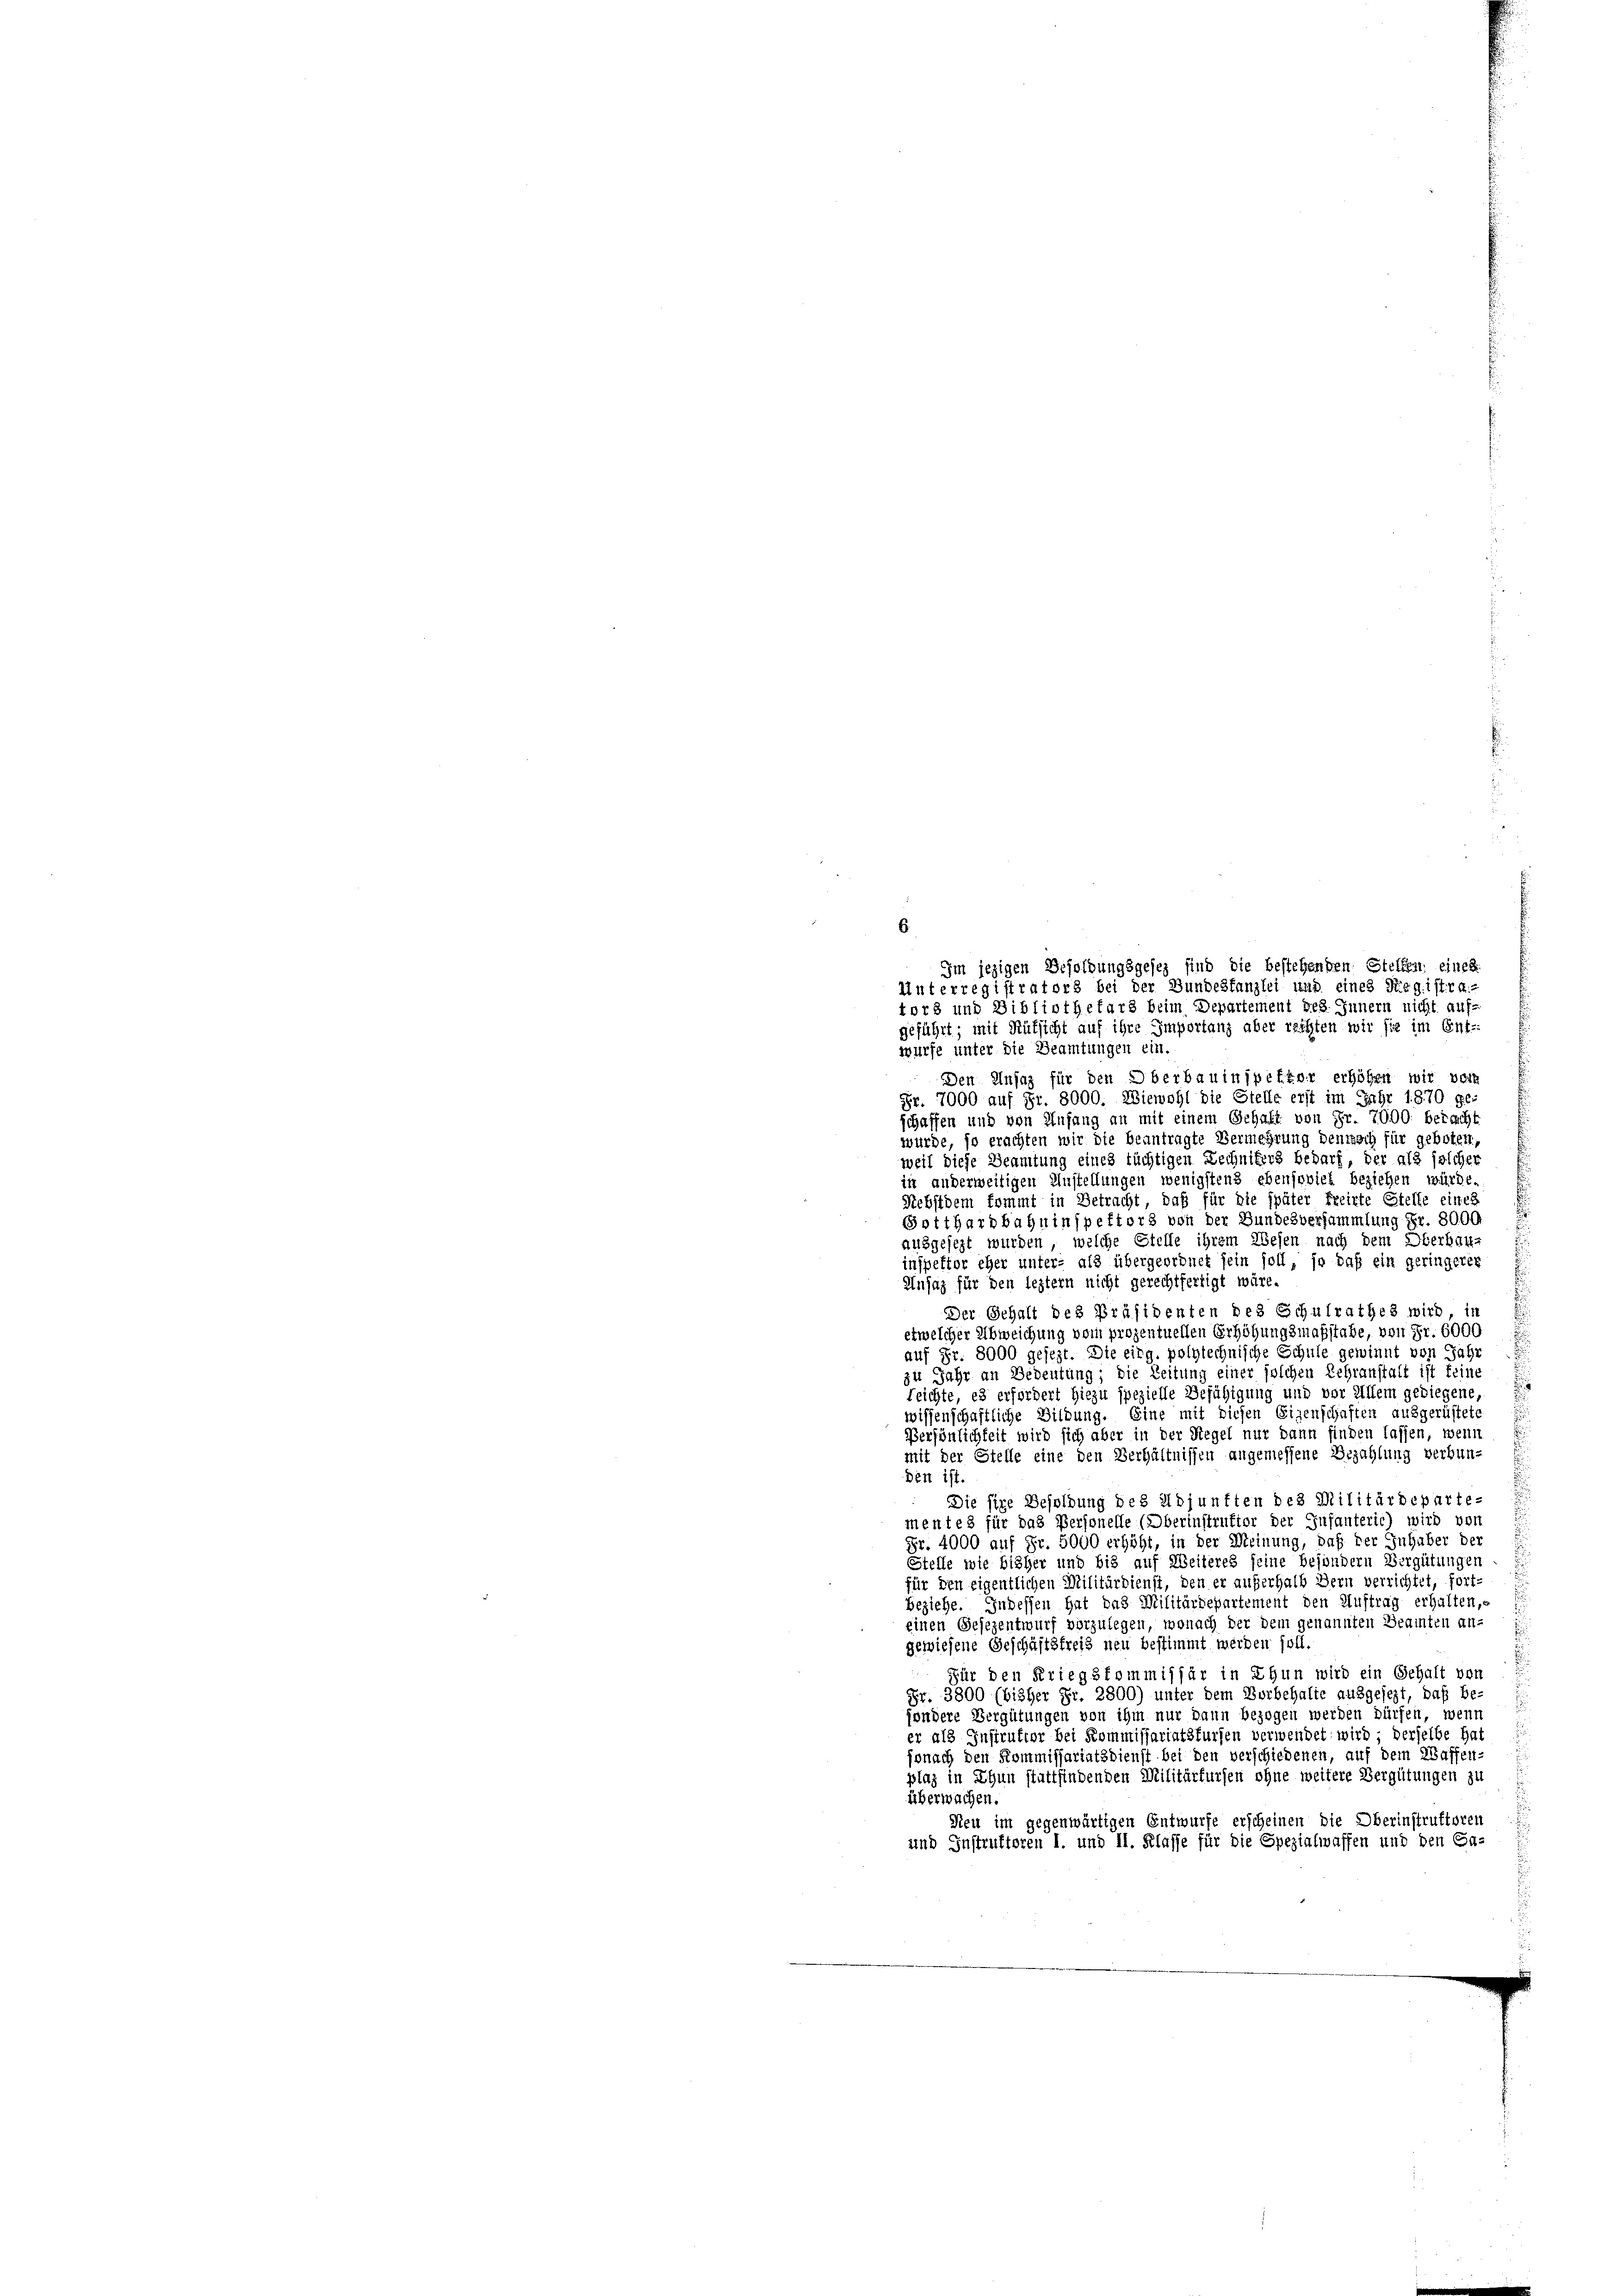
6
Im jezigen Besoldungsgesez sind die bestehenden Stellen eines
Unterregistrators bei der Bundestanzlei und eines Registra-
tors und Bibliothekars beim Departement des Innern nicht auf-
geführt; mit Mütsicht auf ihre Importanz aber rechten wir sie im Ent-
würfe unter die Beamtungen ein.
Den Unsaz für den Oberbauinspektor erhöhen wir vor
Fr. 7000 auf Fr. 8000. Wiewohl die Stelle erst im Jahr 1870 ge-
schaffen und von Anfang an mit einem Gehaft von Fr. 7000. berecht
wurde, so erachten wir die beantragte Vermehrung dennoch für geboten,
weil diese Beamtung eines tüchtigen Lechnikers bedarf, der als solcher
in anderweitigen Anstellungen wenigstens ebensoviel beziehen würde.
Sebstdem kommt in Betracht, daß für die später freizte Stelle eines
Botthardbahninspektors von der Bundesversammlung Fr. 8000
ausgesezt wurden, welche Stelle ihrem Wesen nach dem Oberbau-
inspektor eher unter- als übergeordnet sein soll, so daß ein geringerer
Unsaz für den leztern nicht gerechtfertigt wäre.
Der Gehalt des Präsidenten des Schulrathes wird in
etwelcher Abweichung vom prozentuellen Erhöhungsmaßstabe, von Fr. 6000
auf Fr. 8000 gesezt. Die eidg. polytechnische Schule gewinnt von Jahr
zu Jahr an Bedeutung; die Zeitung einer solchen Lehranstalt ist feine
Leichte, es erfordert hiezu spezielle Befähigung und vor Allem gediegene
wissenschaftliche Bildung. Eine mit diesen Eigenschaften ausgerüstete
Persönlichkeit wird sich aber in der Regel nur dann finden lassen, wenn
mit der Stelle eine den Verhältnissen angemessene Bezahlung verbun-
den ist.
Die sie Besoldung des Adjunften des Militärdeparte-
mentes für das Personelle (Oberinstruktor der Infanterie) wird von
Fr. 4000 auf Fr. 5000 erhöht, in der Meinung, daß der Inhaber der
Stelle wie bisher und bis auf Weiteres seine besondern Vergütungen
für den eigentlichen Militärdienst, den er außerhalb dern verrichtet, fort-
beziehe. Indessen hat das Militärdepartement den Auftrag erhalten,
einen Gesezentwurf vorzulegen, wonach der dem genannten Beamten an-
gewiesene Geschäftsfreis neu bestimmt werden soll
Für den Kriegskommissär in Thun wird ein Gehalt von
Fr. 3800 (bisher Fr. 2800) unter dem Vorbehalte ausgesezt, daß be-
fondere Vergütungen von ihm nur dann bezogen werden dürfen, wenn
er als Instruktor bei Kommissariatsfürfen verwendet wird; derselbe hat
jonach den Kommissariatsdienst bei den verschiedenen, auf dem Waffen-
plaz in Thun stattfindenden Militärfürsen ohne weitere Vergütungen zu
überwachen.
Neu im gegenwärtigen Entwurfe erscheinen die Oberinstruftoren
und Instruktoren I. und II. Klasse für die Spezialwaffen und den Ga-